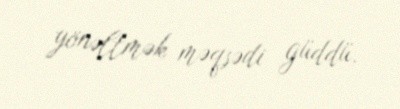
yönəltmək məqsədi güddü.